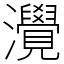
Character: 灚